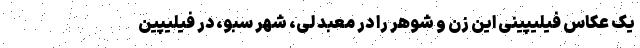
یک عکاس فیلیپینی این زن و شوهر را در معبد لی، شهر سبو، در فیلیپین